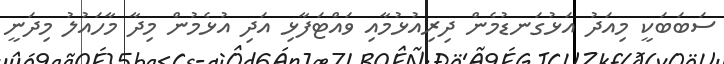
ސަބަބަކީ މިއަދު އަޅުގަނޑުމެން ދިރިއުޅުމާއި ވައްޓަފާޅި އަދި އުޅެމުން މިދާ މާހައުލު މިދަނީ